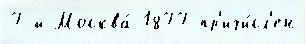
7-й Москва́ 1877 пр'ичи́сл'ен